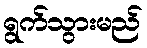
ရွက်သွားမည်